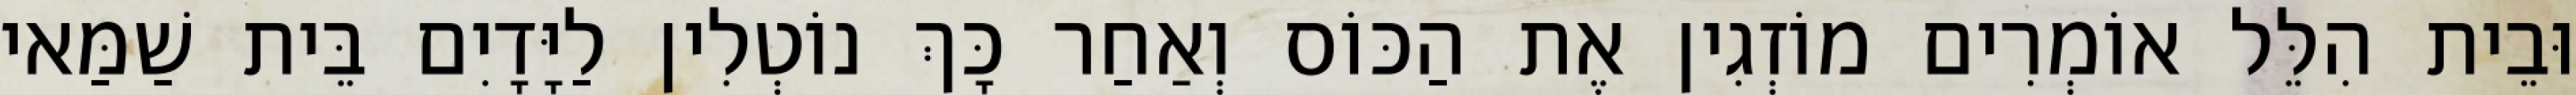
וּבֵית הִלֵּל אוֹמְרִים מוֹזְגִין אֶת הַכּוֹס וְאַחַר כָּךְ נוֹטְלִין לַיָּדָיִם בֵּית שַׁמַּאי